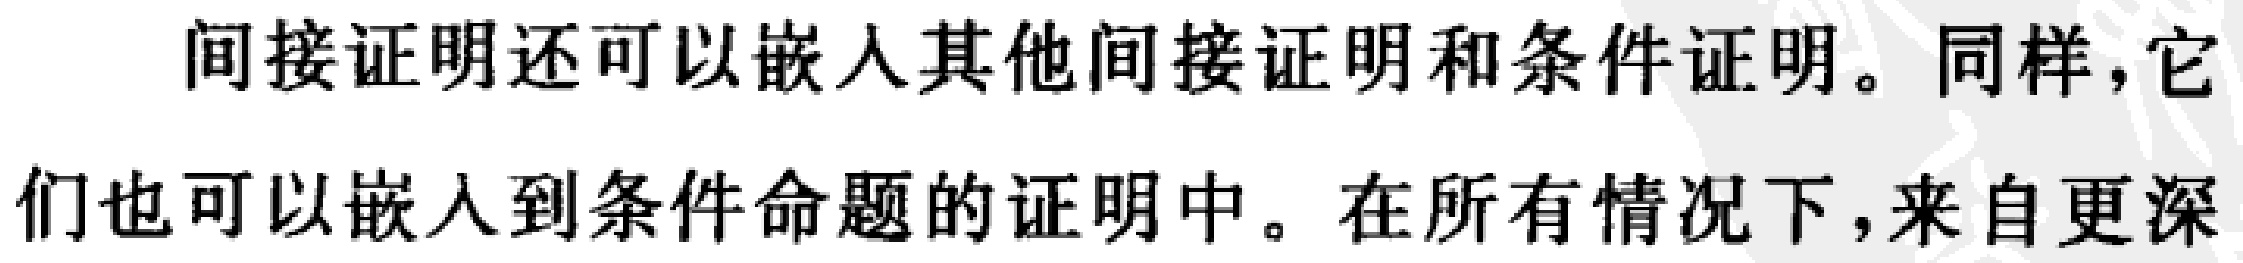
间接证明还可以嵌入其他间接证明和条件证明。同样，它们也可以嵌入到条件命题的证明中。在所有情况下，来自更深